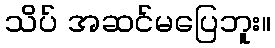
သိပ် အဆင်မပြေဘူး။